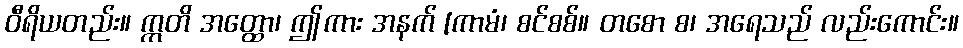
ဝီရိယတည်း။ ဣတိ အတ္ထော၊ ဤကား အနက် [ကာမံ၊ စင်စစ်။ တစော စ၊ အရေသည် လည်းကောင်း။